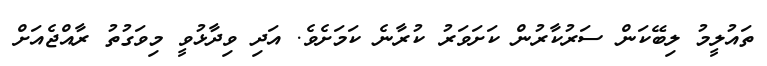
ތައުލީމު ލިބޭކަން ސަރުކާރުން ކަށަވަރު ކުރާނެ ކަމަށެވެ. އަދި ވިދާޅުވީ މިވަގުތު ރާއްޖެއަށް